Indian journal of veterinary science and animal husbandry - Volume 7,
Year: 1937
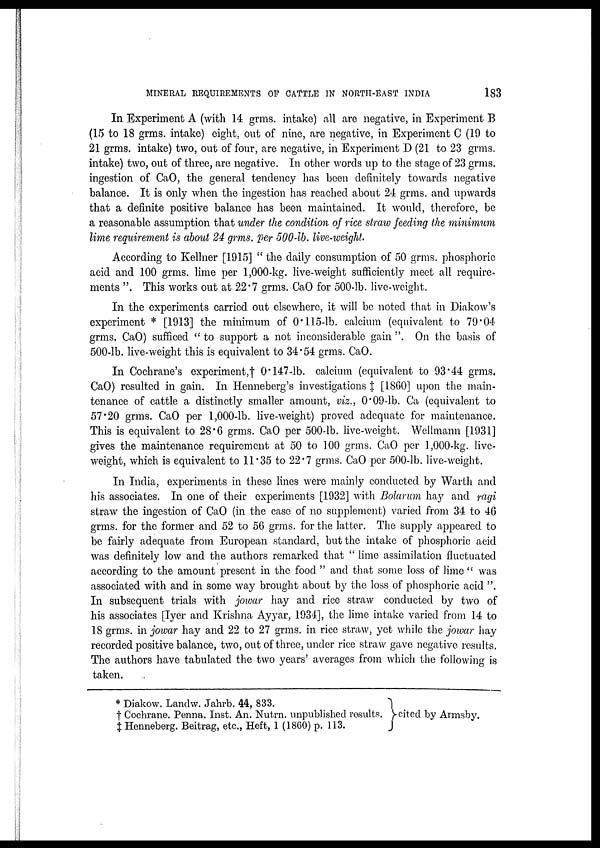
MINERAL REQUIREMENTS OF CATTLE IN NORTH.EAST INDIA
183
In Experiment A (with 14 grms. intake) all are negative, in Experiment B
(15 to 18 grms. intake) eight, out of nine, are negative, in Experiment C (19 to
21 grms. intake) two, out of four, are negative, in Experiment D (21 to 23 grms.
intake) two, out of three, are negative. In other words up to the stage of 23 grms.
ingestion of CaO, the general tendency has been definitely towards negative
balance. It is only when the ingestion has reached about 24 grms. and upwards
that a definite positive balance has been maintained. It would, therefore, be
a reasonable assumption that under the condition of rice straw feeding the minimum
lime requirement is about 24 grms. per 500-lb. live-weight.
According to Kellner [1915] " the daily consumption of 50 grms. phosphoric
acid and 100 grms. lime per 1,000-kg. live-weight sufficiently meet all require-
ments ". This works out at 22.7 grms. CaO for 500-lb. live-weight.
In the experiments carried out elsewhere, it will be noted that in Diakow's
experiment . [1913] the minimum of 0.115-lb. calcium (equivalent to 79.04
grms. CaO) sufficed " to support a not inconsiderable gain ". On the basis of
500-lb. live-weight this is equivalent to 34.54 grms. CaO.
In Cochrane's experiment,† 0.147-lb. calcium (equivalent to 93.44 grms.
CaO) resulted in gain. In Henneberg's investigations ‡ [1860] upon the main-
tenance of cattle a distinctly smaller amount, viz., 0.09-lb. Ca (equivalent to
57.20 grms. CaO per 1,000-lb. live-weight) proved adequate for maintenance.
This is equivalent to 28.6 grms. CaO per 500-lb. live-weight. Wellmann [1931]
gives the maintenance requirement at 50 to 100 grms. CaO per 1,000-kg. live.
weight, which is equivalent to 11.35 to 22.7 grms. CaO per 500-lb. live-weight.
In India, experiments in these lines were mainly conducted by Warth and
his associates. In one of their experiments [1932] with Bolarum hay and ragi
straw the ingestion of CaO (in the case of no supplement) varied from 34 to 46
grms. for the former and 52 to 56 grms. for the latter. The supply appeared to
be fairly adequate from European standard, but the intake of phosphoric acid
was definitely low and the authors remarked that " lime assimilation fluctuated
according to the amount present in the food " and that some loss of lime " was
associated with and in some way brought about by the loss of phosphoric acid ".
In subsequent trials with jowar hay and rice straw conducted by two of
his associates [Iyer and Krishna Ayyar, 1934], the lime intake varied from 14 to
18 grms. in jowar hay and 22 to 27 grms. in rice straw, yet while the jowar hay
recorded positive balance, two, out of three, under rice straw gave negative results.
The authors have tabulated the two years' averages from which the following is
taken.
* Diakow. Landw. Jahrb. 44, 833.
† Cochrane. Penna. Inst. An. Nutrn. unpublished results.
‡ Henneberg. Beitrag, etc., Heft, 1 (1860) p. 113.
} cited by Armsby.